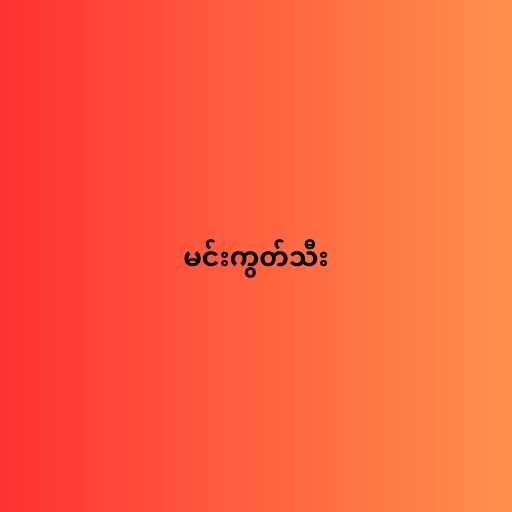
မင်းကွတ်သီး